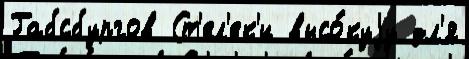
Габсбургов Ст'ел'ек'и высо́куjу дл'я